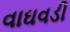
વાઘવડી